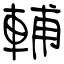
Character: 輔